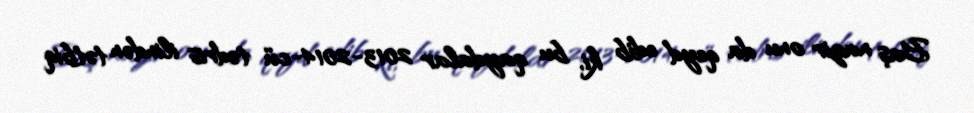
Baş nazir onu da qeyd edib ki, bu qaydalar 2013-2014-cü tədris ilindən tətbiq